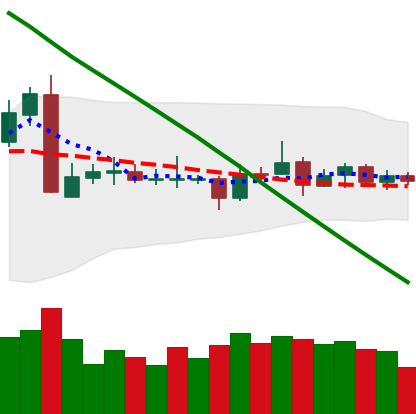
Ticker: ETC-USD
Chart end date: 2019-03-13
Forward return: 3.932%
Label: up_3_5